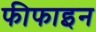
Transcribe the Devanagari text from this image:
फीफाइन